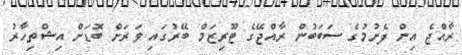
ރާއްޖެ އިން ފެށުމުގެ ސަބަބުން ރާއްޖޭގެ ޓޫރިޒަމް ބޭރުގައި ވަރަށް ބޮޑަށް އިޝްތިހާރު